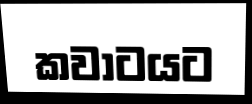
කවාටයට